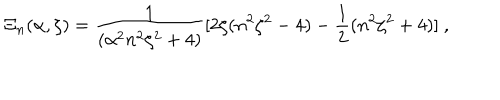
LaTeX: \Xi _ { n } ( \alpha , \zeta ) = \frac { 1 } { ( \alpha ^ { 2 } n ^ { 2 } \zeta ^ { 2 } + 4 ) } [ 2 \zeta ( n ^ { 2 } \zeta ^ { 2 } - 4 ) - \frac { 1 } { 2 } ( n ^ { 2 } \zeta ^ { 2 } + 4 ) ] \ ,